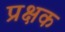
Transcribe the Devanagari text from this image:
प्रक्षक